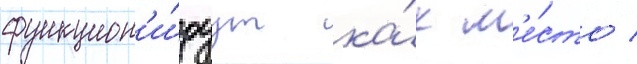
функцион'и́руут ка́к м'е́сто /